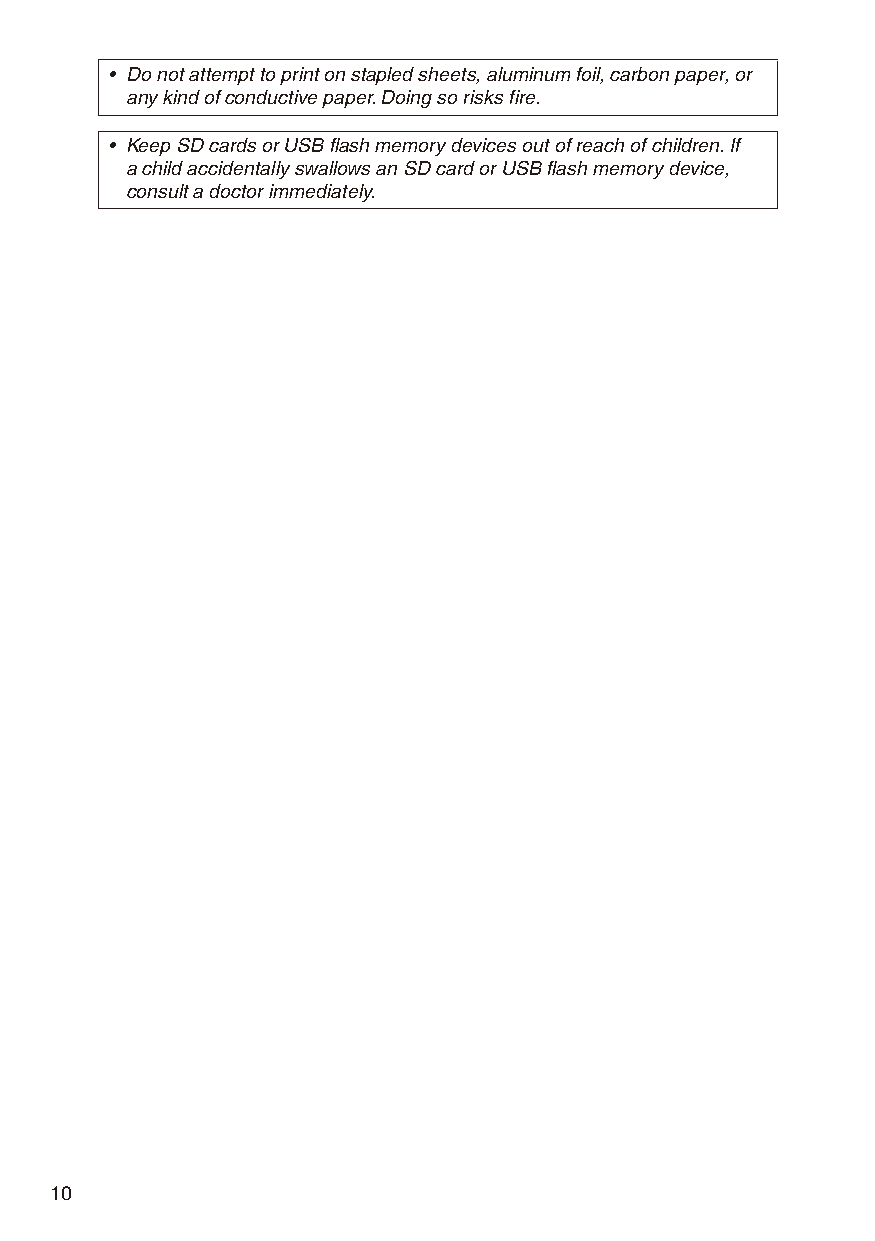
• Do not attempt to print on stapled sheets, aluminum foil, carbon paper, or
 any kind of conductive paper. Doing so risks fire.
 • Keep SD cards or USB flash memory devices out of reach of children. If
 a child accidentally swallows an SD card or USB flash memory device,
 consult a doctor immediately.
 10